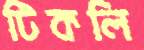
টিকলি